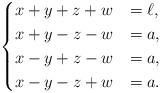
LaTeX: \begin{align*}\begin{cases}x+y+z+w&=\ell,\\x+y-z-w&=a,\\x-y+z-w&=a,\\x-y-z+w&=a.\end{cases}\end{align*}